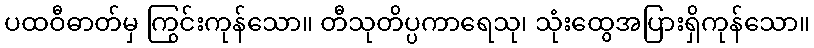
ပထဝီဓာတ်မှ ကြွင်းကုန်သော။ တီသုတိပ္ပကာရေသု၊ သုံးထွေအပြားရှိကုန်သော။